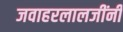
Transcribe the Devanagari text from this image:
जवाहरलालजींनी